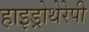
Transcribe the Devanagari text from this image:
हाइड्रोथेरेपी